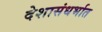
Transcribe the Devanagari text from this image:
देशासंधर्भात